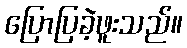
ပြောပြခဲ့ဖူးသည်။